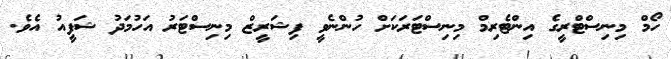
ހޯމް މިނިސްޓްރީގެ އިންޓެރިމް މިނިސްޓަރަކަށް ހުންނެވީ ފިޝަރީޒް މިނިސްޓަރު އަހުމަދު ޝަފީއު އެވެ.